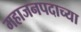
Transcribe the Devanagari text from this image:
महाजनपदाच्या